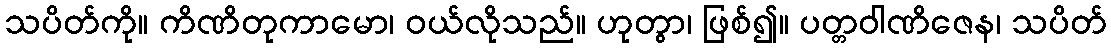
သပိတ်ကို။ ကိဏိတုကာမော၊ ဝယ်လိုသည်။ ဟုတွာ၊ ဖြစ်၍။ ပတ္တဝါဏိဇေန၊ သပိတ်